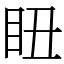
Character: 𥄨